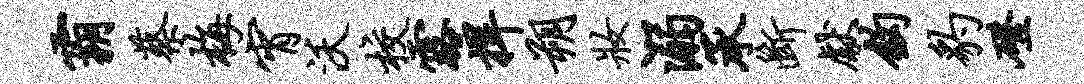
霸蔡梅宵沃校露捍朔妆溺承断献钩豹磴